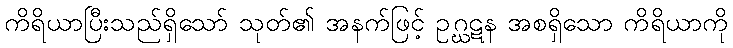
ကိရိယာပြီးသည်ရှိသော် သုတ်၏ အနက်ဖြင့် ဥဂ္ဃဋန အစရှိသော ကိရိယာကို